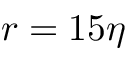
r = 1 5 \eta